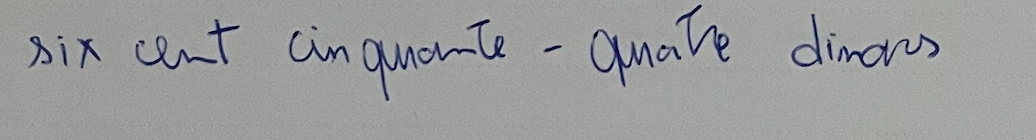
six cent cinquante-quatre dinars